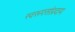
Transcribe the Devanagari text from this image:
स्वरूपसांप्रदाय